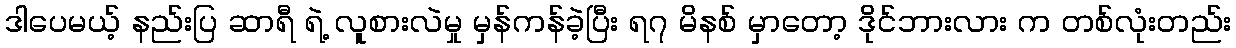
ဒါပေမယ့် နည်းပြ ဆာရီ ရဲ့ လူစားလဲမှု မှန်ကန်ခဲ့ပြီး ရ၇ မိနစ် မှာတော့ ဒိုင်ဘားလား က တစ်လုံးတည်း